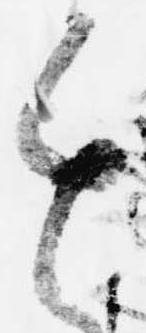
進